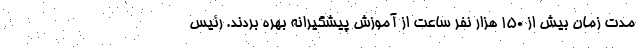
مدت زمان بیش از ۱۵۰ هزار نفر ساعت از آموزش پیشگیرانه بهره بردند. رئیس